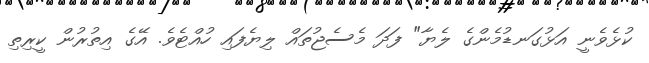
ކުޅެވެނީ އަޅުގަނޑުމެންގެ ލެޔާ" ފަދަ މެސެޖުތައް ލިޔެފައި ހުއްޓެވެ. އޭގެ އިތުރުން ކީރިތި